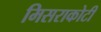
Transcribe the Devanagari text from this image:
मिसराकोटी